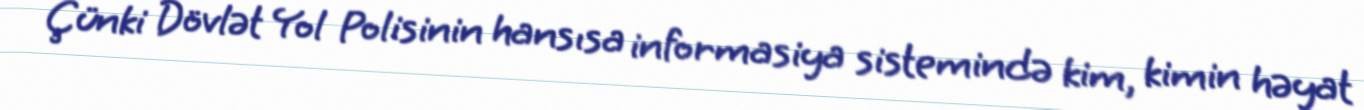
Çünki Dövlət Yol Polisinin hansısa informasiya sistemində kim, kimin həyat